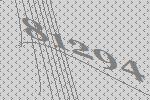
81294